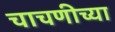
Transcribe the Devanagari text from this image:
चाचणीच्या